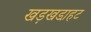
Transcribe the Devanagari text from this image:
खड़खडा़हट